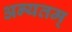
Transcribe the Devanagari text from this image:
अन्यतम्